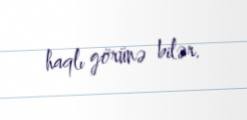
haqlı görünə bilər.